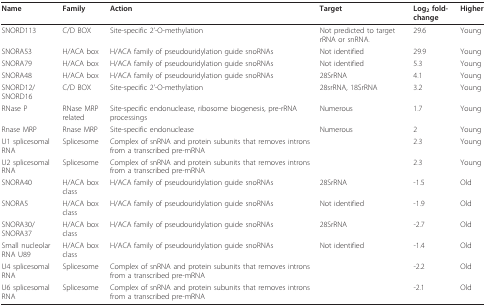
<table><thead><tr><td><b>Name</b></td><td><b>Family</b></td><td><b>Action</b></td><td><b>Target</b></td><td><b>Log<sub>2 </sub>fold-change</b></td><td><b>Higher</b></td></tr></thead><tbody><tr><td>SNORD113</td><td>C/D BOX</td><td>Site-specific 2&#x27;-O-methylation</td><td>Not predicted to target rRNA or snRNA.</td><td>29.6</td><td>Young</td></tr><tr><td>SNORA53</td><td>H/ACA box</td><td>H/ACA family of pseudouridylation guide snoRNAs</td><td>Not identified</td><td>29.9</td><td>Young</td></tr><tr><td>SNORA79</td><td>H/ACA box</td><td>H/ACA family of pseudouridylation guide snoRNAs</td><td>Not identified</td><td>5.3</td><td>Young</td></tr><tr><td>SNORA48</td><td>H/ACA box</td><td>H/ACA family of pseudouridylation guide snoRNAs</td><td>28SrRNA</td><td>4.1</td><td>Young</td></tr><tr><td>SNORD12/SNORD16</td><td>C/D BOX</td><td>Site-specific 2&#x27;-O-methylation</td><td>28srRNA, 18SrRNA</td><td>3.2</td><td>Young</td></tr><tr><td>RNase P</td><td>RNase MRP related</td><td>Site-specific endonuclease, ribosome biogenesis, pre-rRNA processings</td><td>Numerous</td><td>1.7</td><td>Young</td></tr><tr><td>Rnase MRP</td><td>Rnase MRP</td><td>Site-specific endonuclease</td><td>Numerous</td><td>2</td><td>Young</td></tr><tr><td>U1 splicesomal RNA</td><td>Splicesome</td><td>Complex of snRNA and protein subunits that removes introns from a transcribed pre-mRNA</td><td></td><td>2.3</td><td>Young</td></tr><tr><td>U2 splicesomal RNA</td><td>Splicesome</td><td>Complex of snRNA and protein subunits that removes introns from a transcribed pre-mRNA</td><td></td><td>2.3</td><td>Young</td></tr><tr><td>SNORA40</td><td>H/ACA box class</td><td>H/ACA family of pseudouridylation guide snoRNAs</td><td>28SrRNA</td><td>-1.5</td><td>Old</td></tr><tr><td>SNORA5</td><td>H/ACA box class</td><td>H/ACA family of pseudouridylation guide snoRNAs</td><td>Not identified</td><td>-1.9</td><td>Old</td></tr><tr><td>SNORA30/SNORA37</td><td>H/ACA box class</td><td>H/ACA family of pseudouridylation guide snoRNAs</td><td>28SrRNA</td><td>-2.7</td><td>Old</td></tr><tr><td>Small nucleolar RNA U89</td><td>H/ACA box class</td><td>H/ACA family of pseudouridylation guide snoRNAs</td><td>Not identified</td><td>-1.4</td><td>Old</td></tr><tr><td>U4 splicesomal RNA</td><td>Splicesome</td><td>Complex of snRNA and protein subunits that removes introns from a transcribed pre-mRNA</td><td></td><td>-2.2</td><td>Old</td></tr><tr><td>U6 splicesomal RNA</td><td>Splicesome</td><td>Complex of snRNA and protein subunits that removes introns from a transcribed pre-mRNA</td><td></td><td>-2.1</td><td>Old</td></tr></tbody></table>